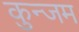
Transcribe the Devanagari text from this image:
कुन्जम